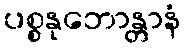
ပစ္စနုဘောန္တာနံ